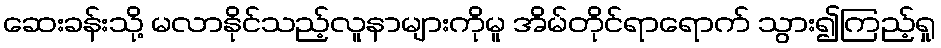
ဆေးခန်းသို့ မလာနိုင်သည့်လူနာများကိုမူ အိမ်တိုင်ရာရောက် သွား၍ကြည့်ရှု